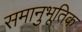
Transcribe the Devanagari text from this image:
समानुभूतिक